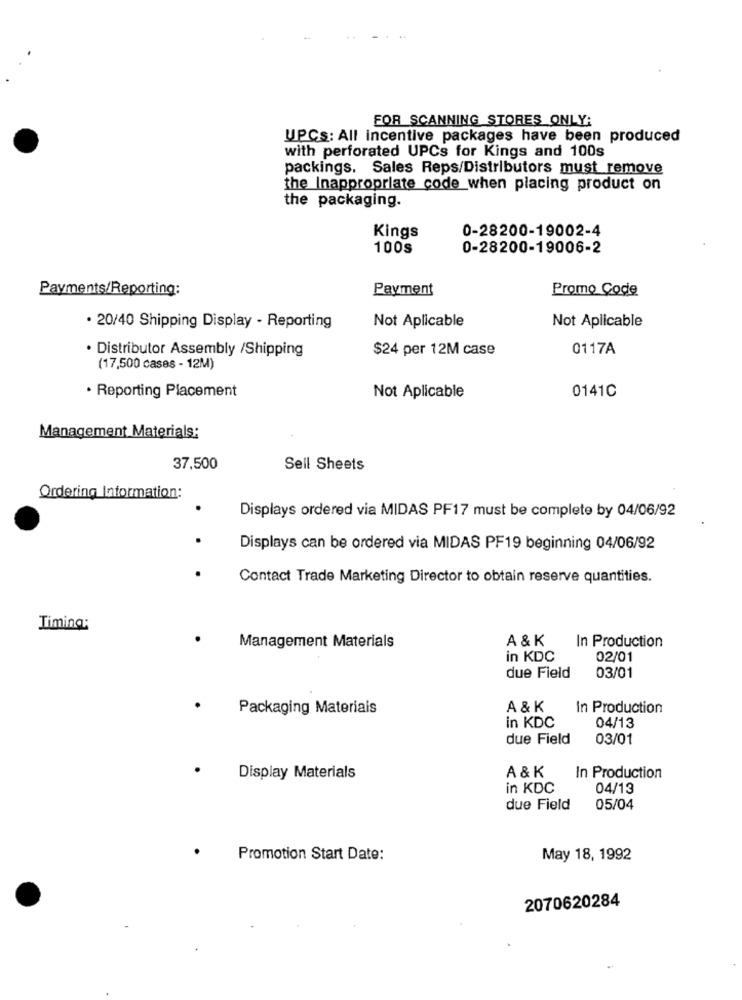
FOR SCANNING STORES ONLY:
UPCs: All incentive packages have been produced
with perforated UPCs for Kings and 100s
packings. Sales Reps/Distributors must remove
the Inappropriate code_when placing product on
the packaging.
Kings
0-28200-19002-4
100s
0-28200-19006-2
Payments/Reporting:
Payment
Promo Code
Not Aplicable
. 20/40 Shipping Display - Reporting
Not Aplicable
$24 per 12M case
0117A
· Distributor Assembly /Shipping
(17,500 cases - 12M)
· Reporting Placement
0141C
Not Aplicable
Management Materials:
37,500
Sell Sheets
Ordering Information:
Displays ordered via MIDAS PF17 must be complete by 04/06/92
Displays can be ordered via MIDAS PF19 beginning 04/06/92
Contact Trade Marketing Director to obtain reserve quantities.
Timing:
Management Materials
A & K
In Production
in KDC
02/01
due Field
03/01
Packaging Materials
A & K
In Production
in KDC
04/13
due Field
03/01
Display Materials
A & K
In Production
in KDC
04/13
due Field
05/04
Promotion Start Date:
May 18, 1992
2070620284